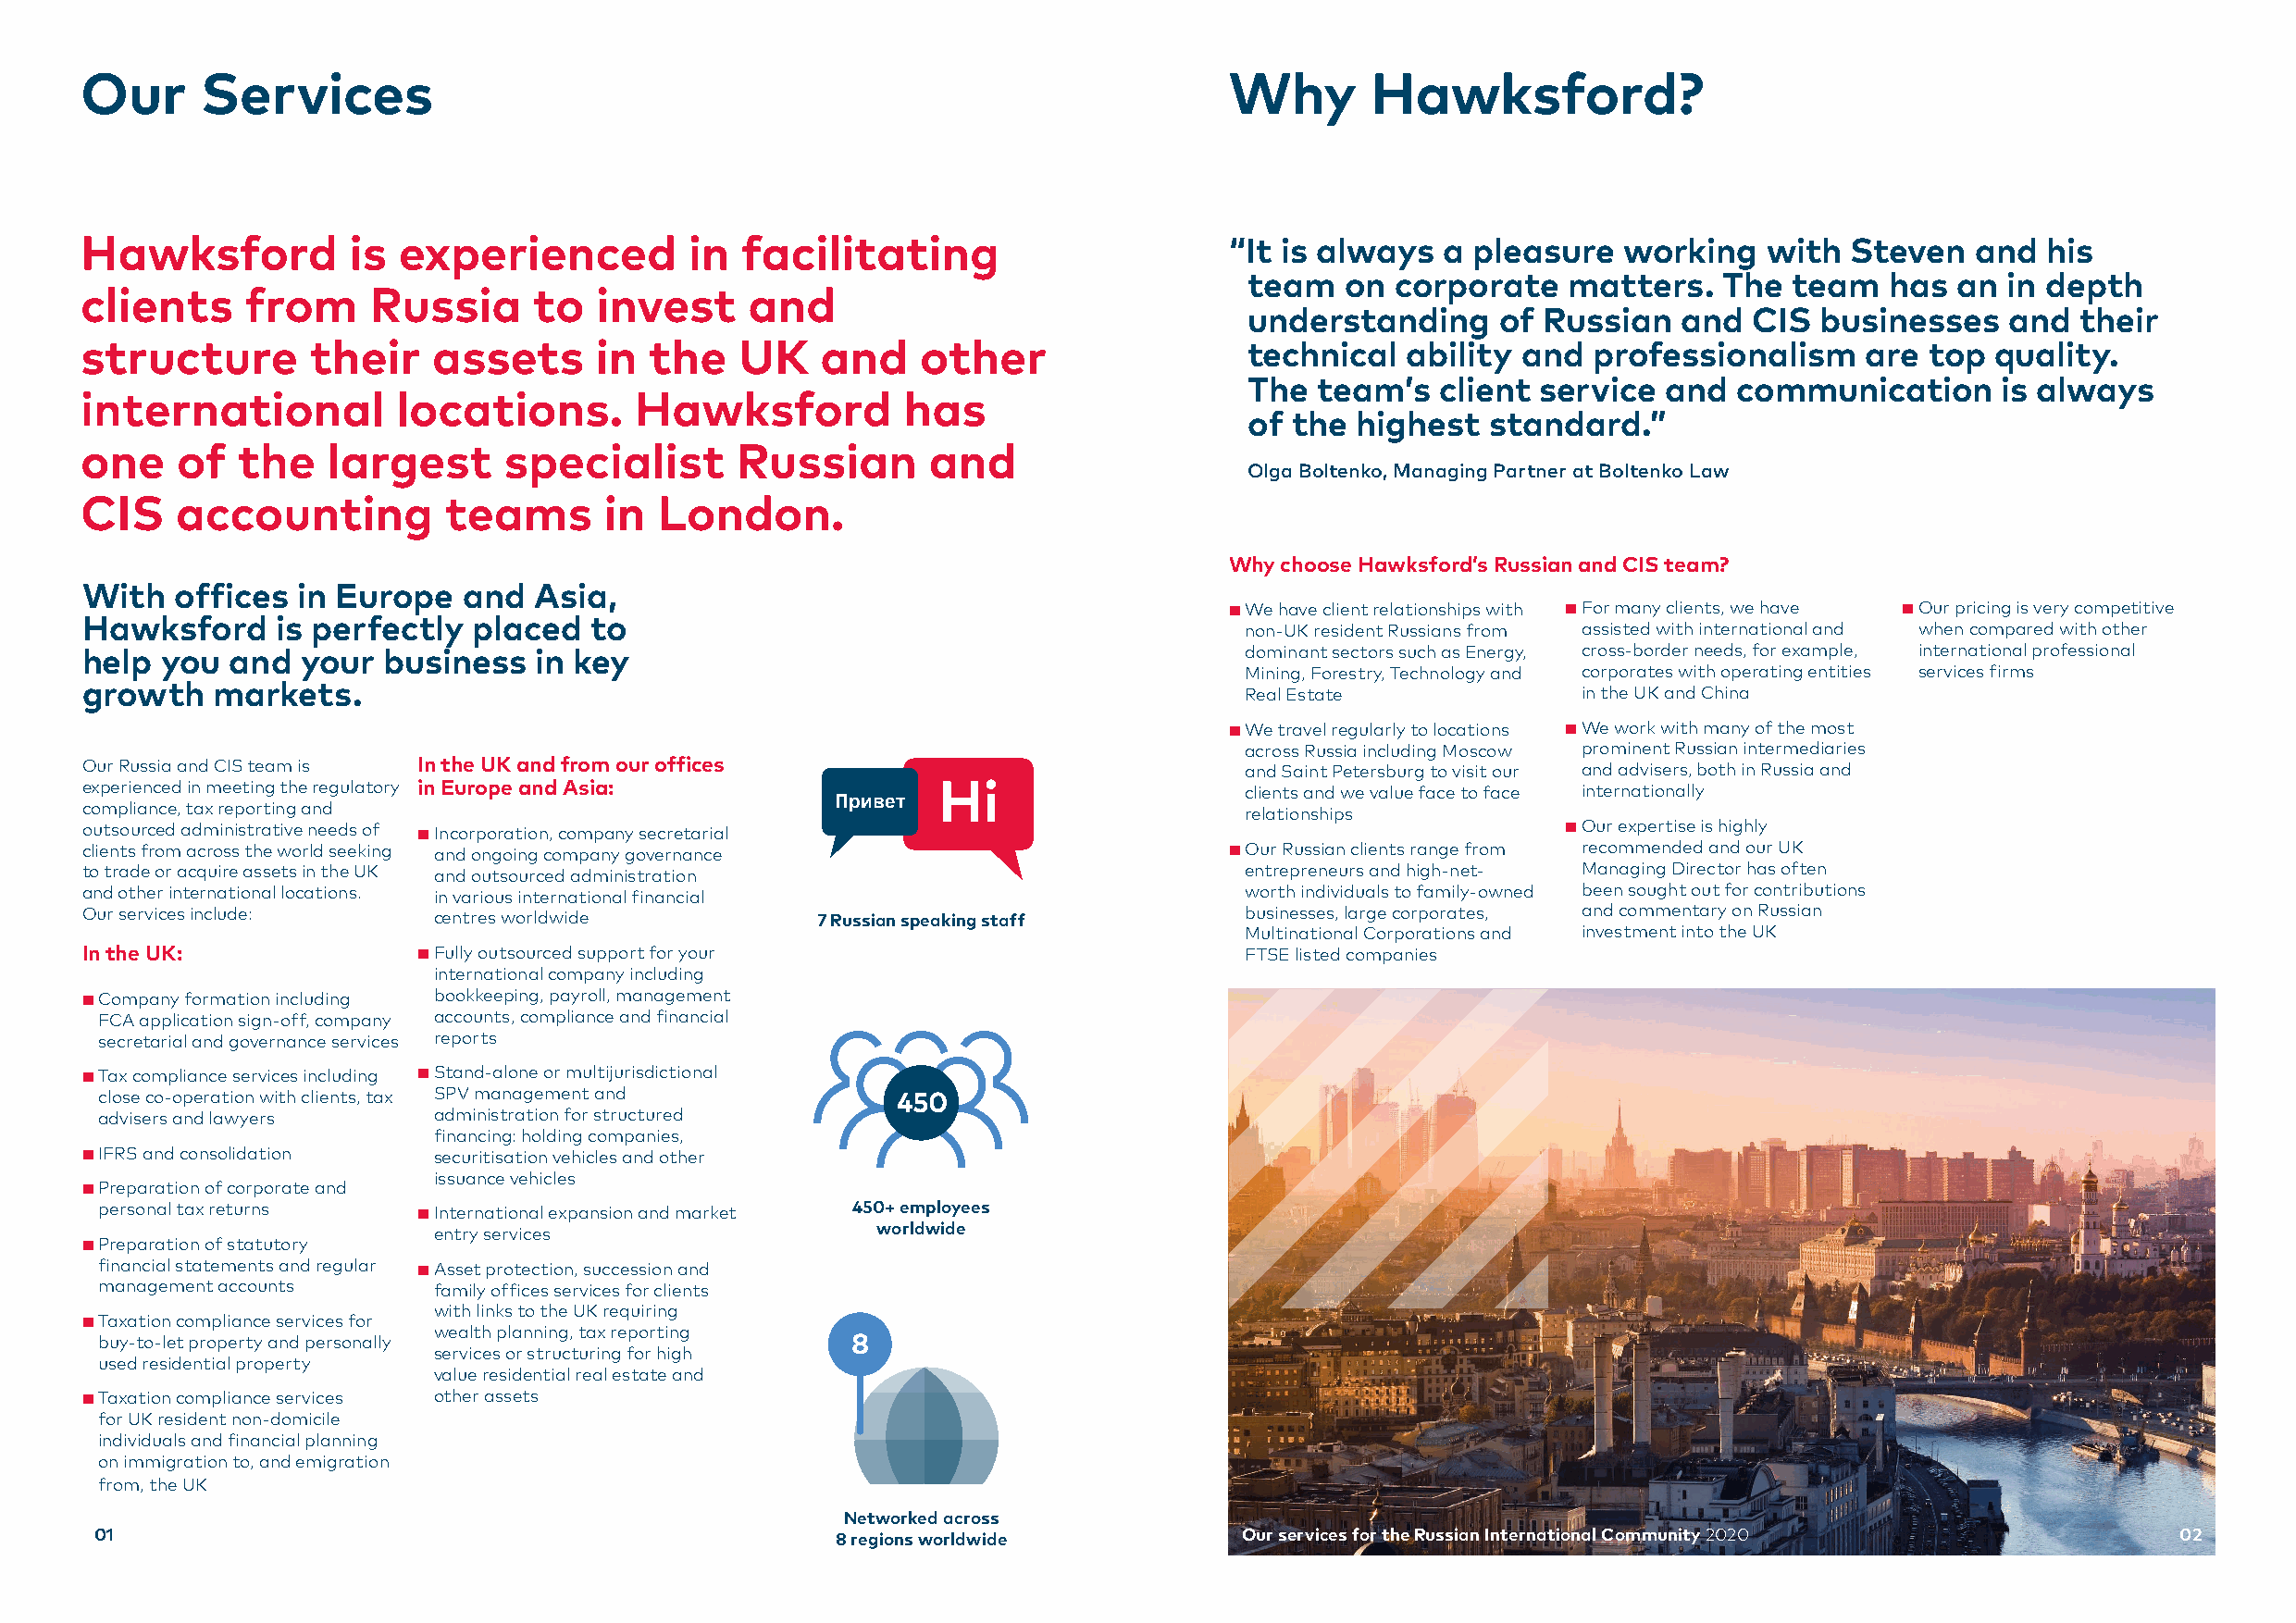
Our     Services                                                                  Why       Hawksford?
 Hawksford          is  experienced         in  facilitating                       “It is always  a pleasure   working   with  Steven   and  his
 team   on  corporate   matters.   The  team   has  an  in depth
 clients     from    Russia      to   invest     and
 understanding     of Russian   and  CIS  businesses    and  their
 structure       their    assets      in the    UK    and    other                  technical   ability and  professionalism    are  top  quality.
 The  team’s   client service  and  communication      is always
 international         locations.       Hawksford           has
 of the  highest  standard.”
 one    of  the   largest      specialist       Russian      and
 Olga Boltenko, Managing Partner at Boltenko Law
 CIS    accounting         teams      in  London.
 Why choose Hawksford’s Russian and CIS team?
 With  offices  in Europe   and  Asia,
 ■ We have client relationships with ■ For many clients, we have ■ Our pricing is very competitive
 Hawksford     is perfectly  placed  to
 non-UK resident Russians from assisted with international and when compared with other
 help you  and   your business   in key                                             dominant sectors such as Energy, cross-border needs, for example, international professional
 Mining, Forestry, Technology and corporates with operating entities services firms
 growth   markets.
 Real Estate             in the UK and China
 ■ We travel regularly to locations ■ We work with many of the most
 across Russia including Moscow prominent Russian intermediaries
 Our Russia and CIS team is In the UK and from our offices                          and Saint Petersburg to visit our and advisers, both in Russia and
 experienced in meeting the regulatory in Europe and Asia:                          clients and we value face to face internationally
 compliance, tax reporting and                         Привет
 relationships
 outsourced administrative needs of ■ Incorporation, company secretarial                                   ■ Our expertise is highly
 clients from across the world seeking and ongoing company governance              ■ Our Russian clients range from recommended and our UK
 to trade or acquire assets in the UK and outsourced administration                 entrepreneurs and high-net- Managing Director has often
 and other international locations. in various international financial              worth individuals to family-owned been sought out for contributions
 Our services include:    centres worldwide          7 Russian speaking staff       businesses, large corporates, and commentary on Russian
 Multinational Corporations and investment into the UK
 In the UK:              ■ Fully outsourced support for your                        FTSE listed companies
 international company including
 ■ Company formation including bookkeeping, payroll, management
 FCA application sign-off, company accounts, compliance and financial
 secretarial and governance services reports
 ■ Tax compliance services including ■ Stand-alone or multijurisdictional
 close co-operation with clients, tax SPV management and  450
 advisers and lawyers    administration for structured
 financing: holding companies,
 ■ IFRS and consolidation securitisation vehicles and other
 issuance vehicles
 ■ Preparation of corporate and
 personal tax returns   ■ International expansion and market 450+ employees
 entry services                  worldwide
 ■ Preparation of statutory
 financial statements and regular ■ Asset protection, succession and
 management accounts     family offices services for clients
 with links to the UK requiring
 ■ Taxation compliance services for
 wealth planning, tax reporting
 buy-to-let property and personally                    8
 services or structuring for high
 used residential property
 value residential real estate and
 ■ Taxation compliance services other assets
 for UK resident non-domicile
 individuals and financial planning
 on immigration to, and emigration
 from, the UK
 Networked across
 01                                                   8 regions worldwide          Our services for the Russian International Community 2020          02
 H  i